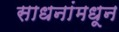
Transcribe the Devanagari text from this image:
साधनांमधून